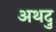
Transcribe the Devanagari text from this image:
अथदु